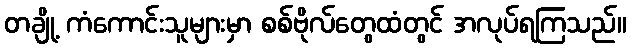
တချို့ ကံကောင်းသူများမှာ စစ်ဗိုလ်တွေထံတွင် အလုပ်ရကြသည်။